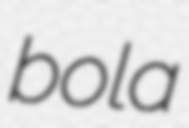
bola